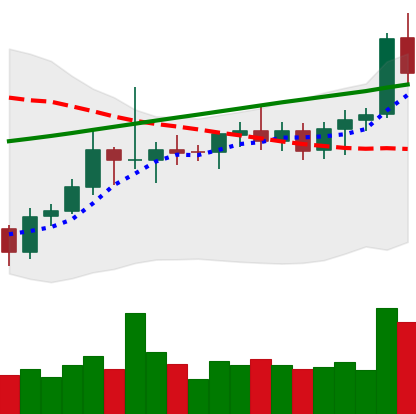
Ticker: ETC-USD
Chart end date: 2021-08-08
Forward return: 12.383%
Label: up_7plus